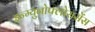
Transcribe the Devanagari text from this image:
इन्म्युनोफ्लोरासेंस